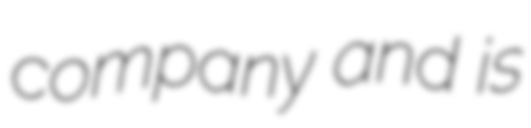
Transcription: company and is